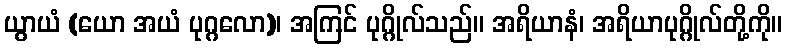
ယွာယံ (ယော အယံ ပုဂ္ဂလော)၊ အကြင် ပုဂ္ဂိုလ်သည်။ အရိယာနံ၊ အရိယာပုဂ္ဂိုလ်တို့ကို။